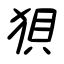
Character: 狽